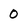
Character: 0